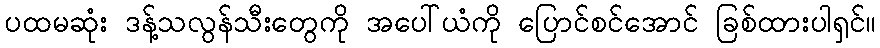
ပထမဆုံး ဒန့်သလွန်သီးတွေကို အပေါ်ယံကို ပြောင်စင်အောင် ခြစ်ထားပါရှင်။